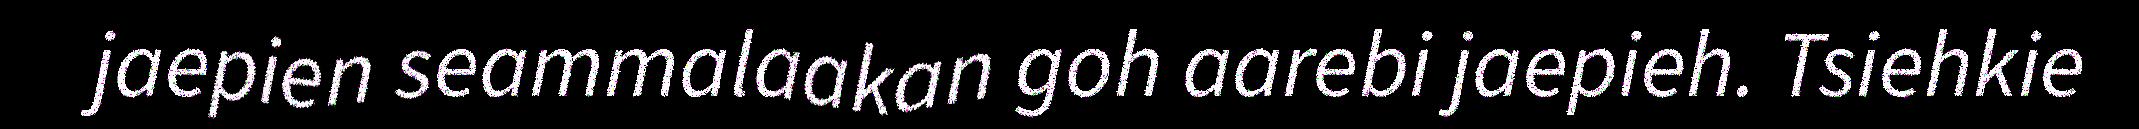
jaepien seammalaakan goh aarebi jaepieh. Tsiehkie